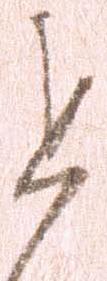
道